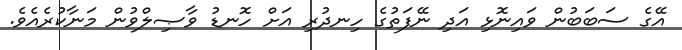
އޭގެ ސަބަބުން ވައިނޮޅި އަދި ނޭފަތުގެ ހިނދުރި އަށް ހޮނޑު ވާޞިލްވުން މަނާކުރެއެވެ.